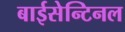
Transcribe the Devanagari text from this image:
बाईसेन्टिनल